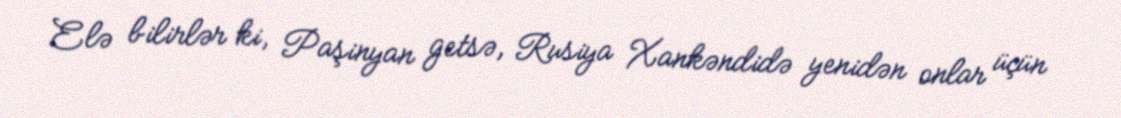
Elə bilirlər ki, Paşinyan getsə, Rusiya Xankəndidə yenidən onlar üçün